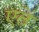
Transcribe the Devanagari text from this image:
एतें